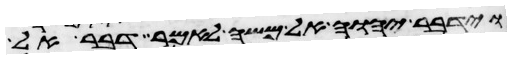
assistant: וידבר יהוה אל משה לאמר דבר אל